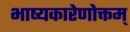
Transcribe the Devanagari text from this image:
भाष्यकारेणोक्तम्